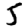
Digit: 5